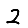
Digit: 2